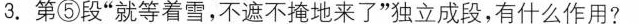
3.第⑤段”就等着些，不遮不掩地来了”独立成段，有什么作用?